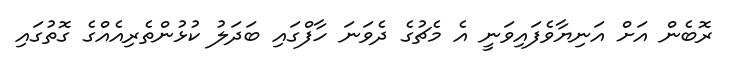
ރޮބެން އަށް އަނިޔާވެފައިވަނީ އެ މެޗުގެ ދެވަނަ ހާފްގައި ބަދަލު ކުޅުންތެރިއެއްގެ ގޮތުގައި